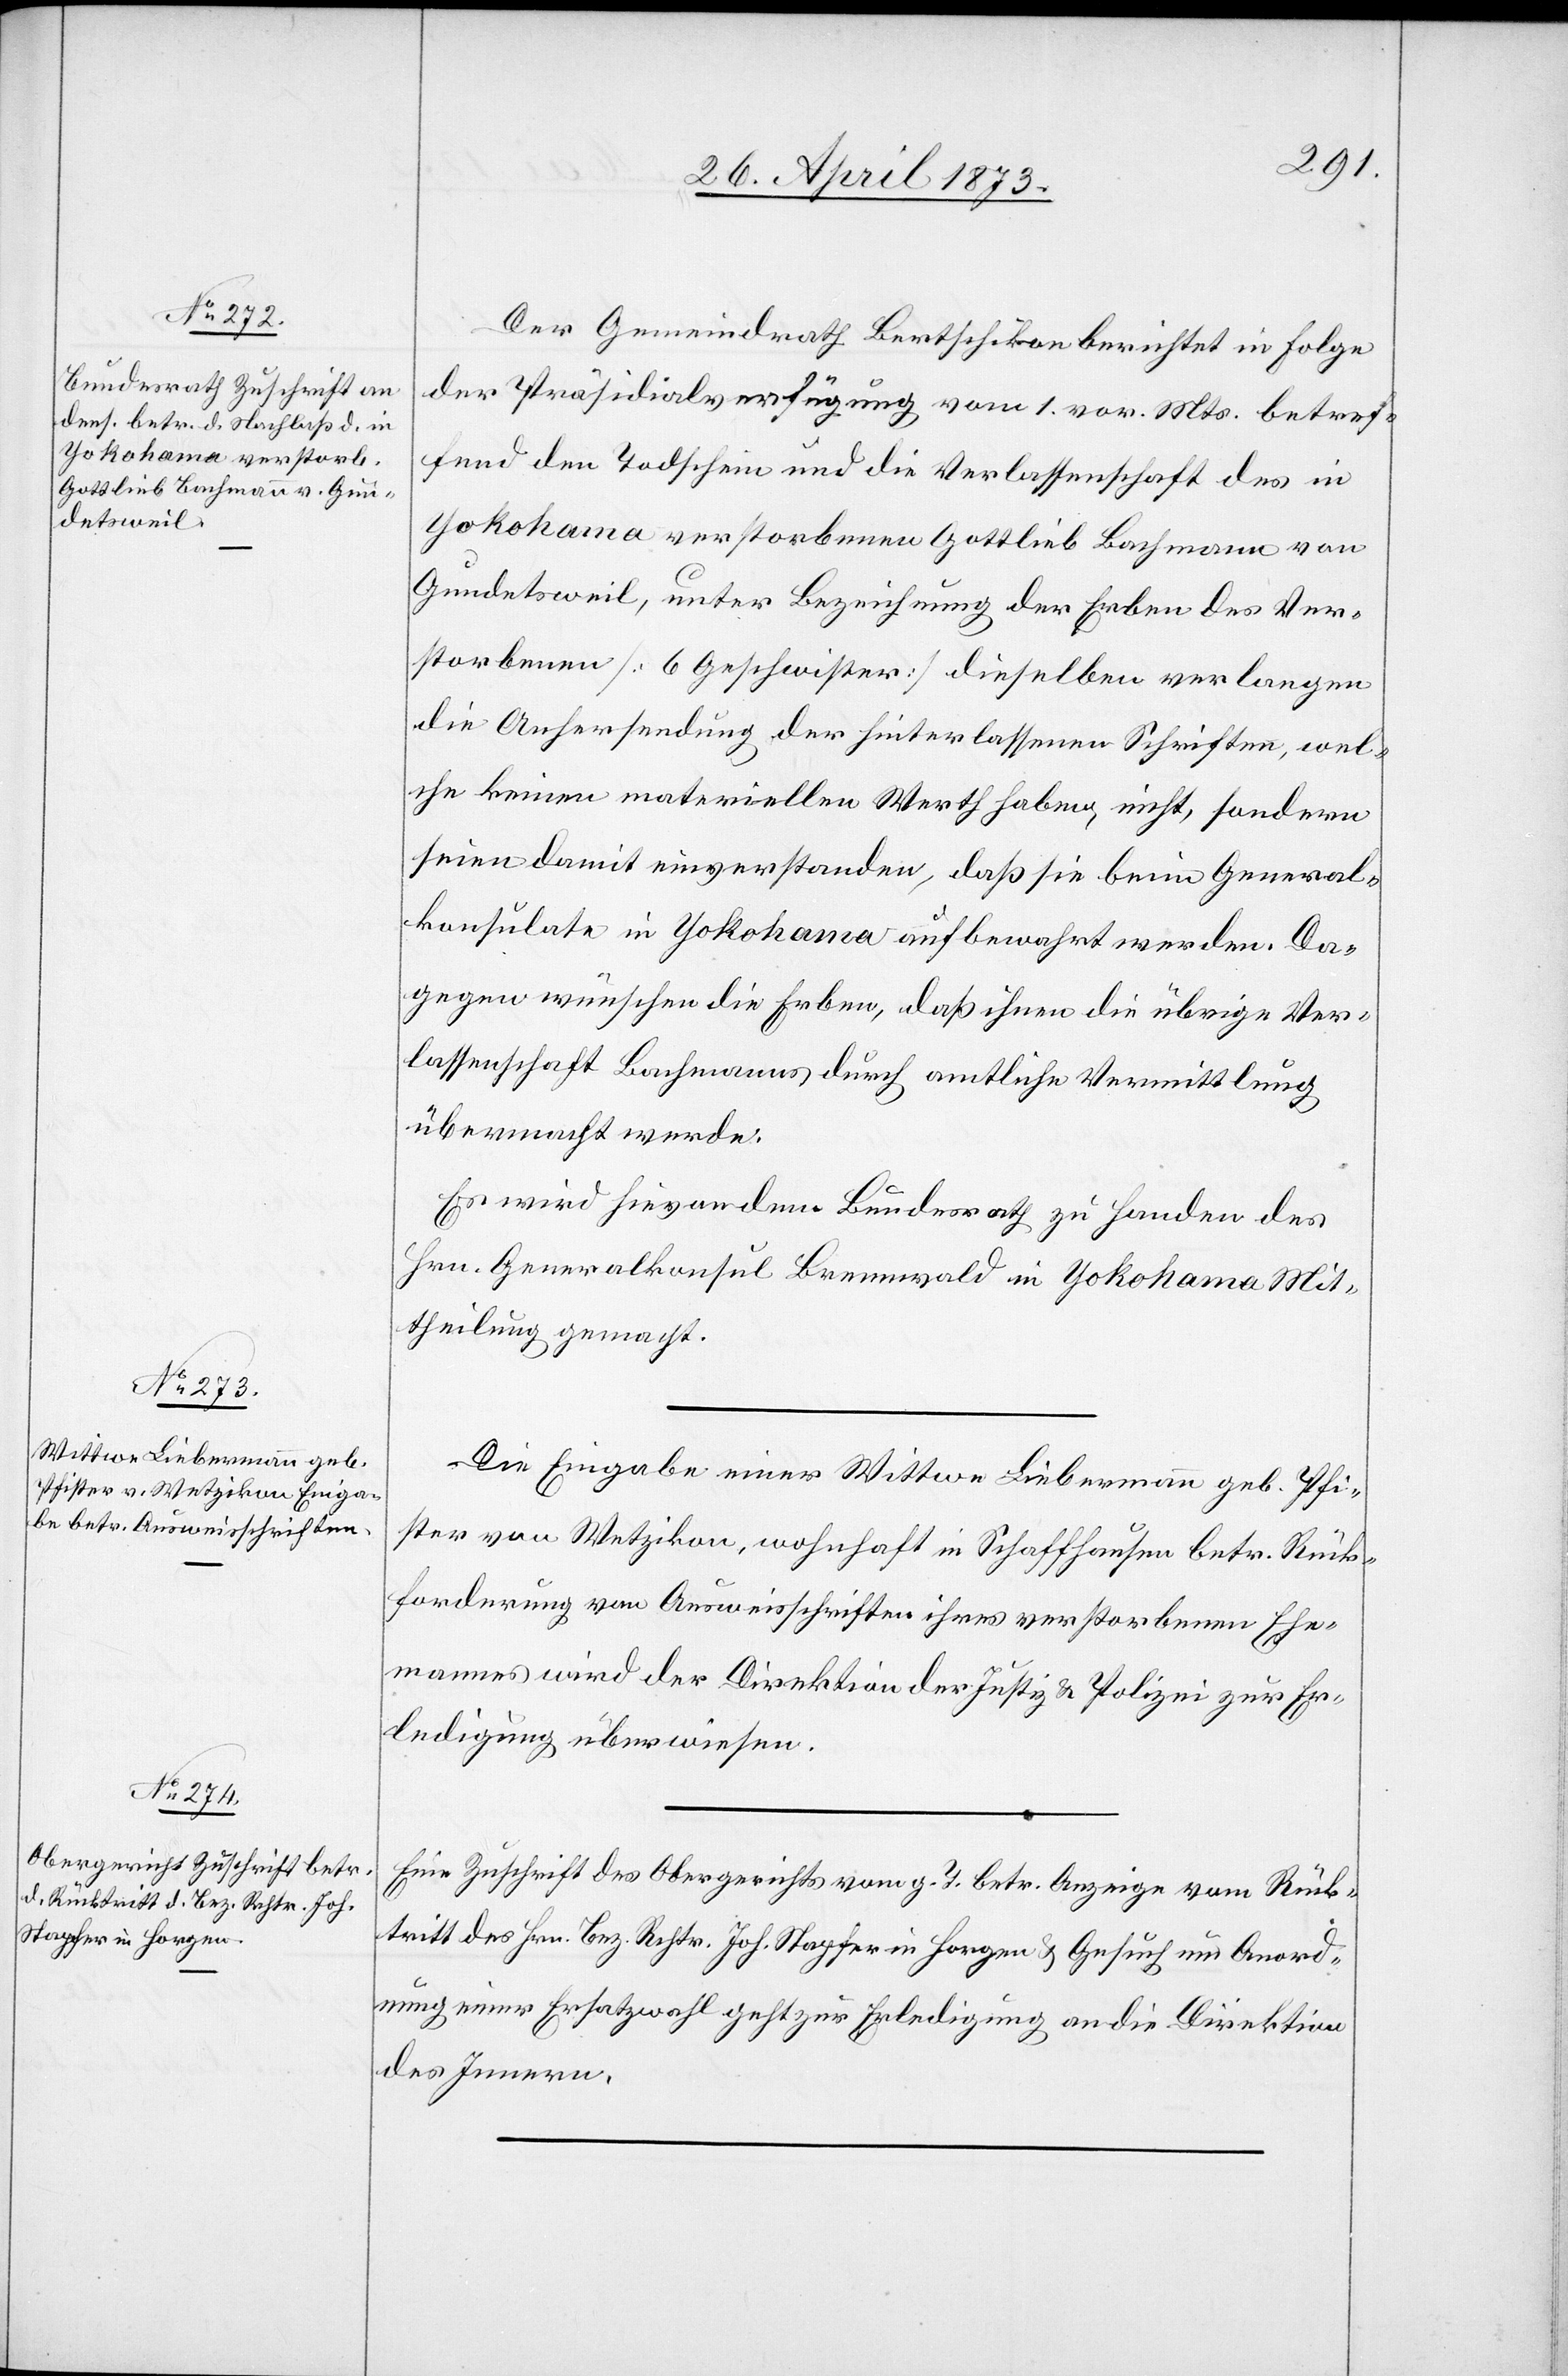
Der Gemeindrath Bertschikon berichtet in Folge
der Präsidialverfügung vom 1. vor. Mts. betref¬
fend den Todschein und die Verlassenschaft des in
Yokohama verstorbenen Gottlieb Bachmann von
Gundetsweil, unter Bezeichnung der Erben des Ver¬
storbenen [6 Geschwister] dieselben verlangen
die Anhersendung der hinterlassenen Schriften, wel¬
che keinen materiellen Werth haben, nicht, sondern
seien damit einverstanden, daß sie beim General¬
konsulate in Yokohama aufbewahrt werden. Da¬
gegen wünschen die Erben, daß ihnen die übrige Ver¬
lassenschaft Bachmanns durch amtliche Vermittlung
übermacht werde.
Es wird hievon dem Bundesrath zu Handen des
Hrn. Generalkonsul Brennwald in Yokohama Mit¬
theilung gemacht.
Die Eingabe einer Wittwe Liebermann geb. Pfi¬
ster von Wetzikon, wohnhaft in Schaffhausen betr. Rück¬
forderung von Ausweisschriften ihres verstorbenen Ehe¬
mannes wird der Direktion der Justiz & Polizei zur Er¬
ledigung überwiesen.
Eine Zuschrift des Obergerichts vom g. T. betr. Anzeige vom Rück¬
tritt des Hrn. Bez. Rchtr. Joh. Stapfer in Horgen & Gesuch um Anord¬
nung einer Ersatzwahl geht zur Erledigung an die Direktion
des Innern.